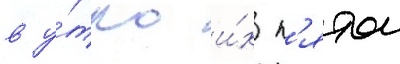
в у́тро и́х п'ятои